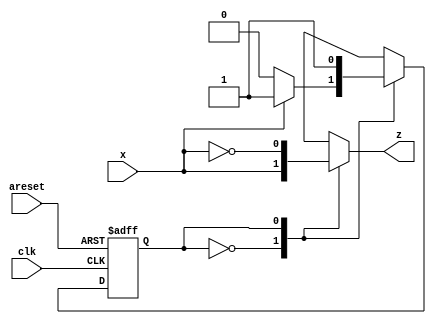
module top_module (
    input clk,
    input areset,
    input x,
    output z
); 

	reg state, next_state;
	
	parameter A = 0, B = 1;
	
	always@(posedge clk or posedge areset)begin
		if(areset)
			state <= A;
		else begin
			state <= next_state; 
		end
	end
	
	always@(*)begin
		case(state)
			A : begin next_state = x ? B : A; z = x; end
			B : begin next_state = B; z = ~x; end
		endcase
	end
	
endmodule